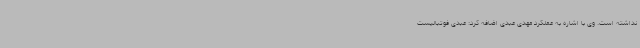
نداشته است. وی با اشاره به عملکرد مهدی عبدی اضافه کرد: عبدی فوتبالیست